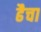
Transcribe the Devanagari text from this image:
ढैचा